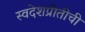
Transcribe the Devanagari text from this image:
स्वदेशप्रीतीची